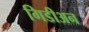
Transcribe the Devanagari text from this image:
गिडीअन